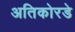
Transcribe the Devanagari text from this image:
अतिकोरडे